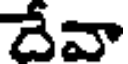
దేవా